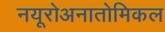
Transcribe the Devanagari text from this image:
नयूरोअनातोमिकल